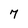
Character: 7